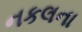
નકલના